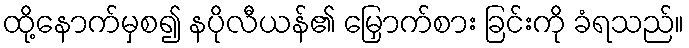
ထို့နောက်မှစ၍ နပိုလီယန်၏ မြှောက်စား ခြင်းကို ခံရသည်။